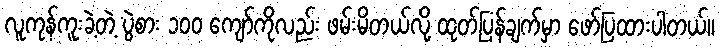
လူကုန်ကူးခဲ့တဲ့ ပွဲစား ၁၀၀ ကျော်ကိုလည်း ဖမ်းမိတယ်လို့ ထုတ်ပြန်ချက်မှာ ဖော်ပြထားပါတယ်။